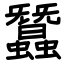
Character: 蠶